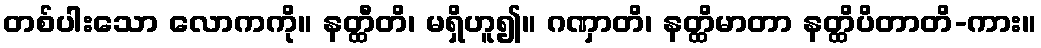
တစ်ပါးသော လောကကို။ နတ္ထီတိ၊ မရှိဟူ၍။ ဂဏှာတိ၊ နတ္ထိမာတာ နတ္ထိပိတာတိ-ကား။